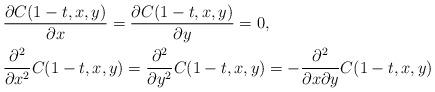
LaTeX: \begin{align*}&\frac{\partial C(1-t,x,y)}{\partial x} =\frac{\partial C(1-t,x,y)}{\partial y} = 0, \\&\frac{\partial^2}{\partial x^2}C(1-t,x,y) =\frac{\partial^2}{\partial y^2}C(1-t,x,y) =-\frac{\partial^2}{\partial x\partial y}C(1-t,x,y)\end{align*}